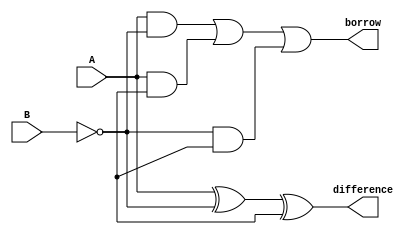
module structural_subtractor (
    input wire A,
    input wire B,
    output wire difference,
    output wire borrow
);

wire not_B;
wire borrow_in;

assign not_B = ~B;

assign difference = A ^ not_B ^ borrow_in;
assign borrow = ((A & not_B) | (A & borrow_in) | (not_B & borrow_in));

endmodule